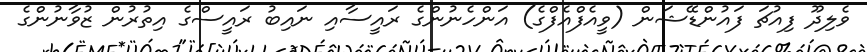
ވެލިދޫ ފިއުޗަ ފައުންޑޭޝަން (ވީއެފްއެފްގެ) އަންހެނުންގެ ރައީސާއި ނައިބު ރައީސްގެ އިތުރުން ޒުވާނުންގެ